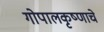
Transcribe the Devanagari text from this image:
गोपालकृष्णाचे